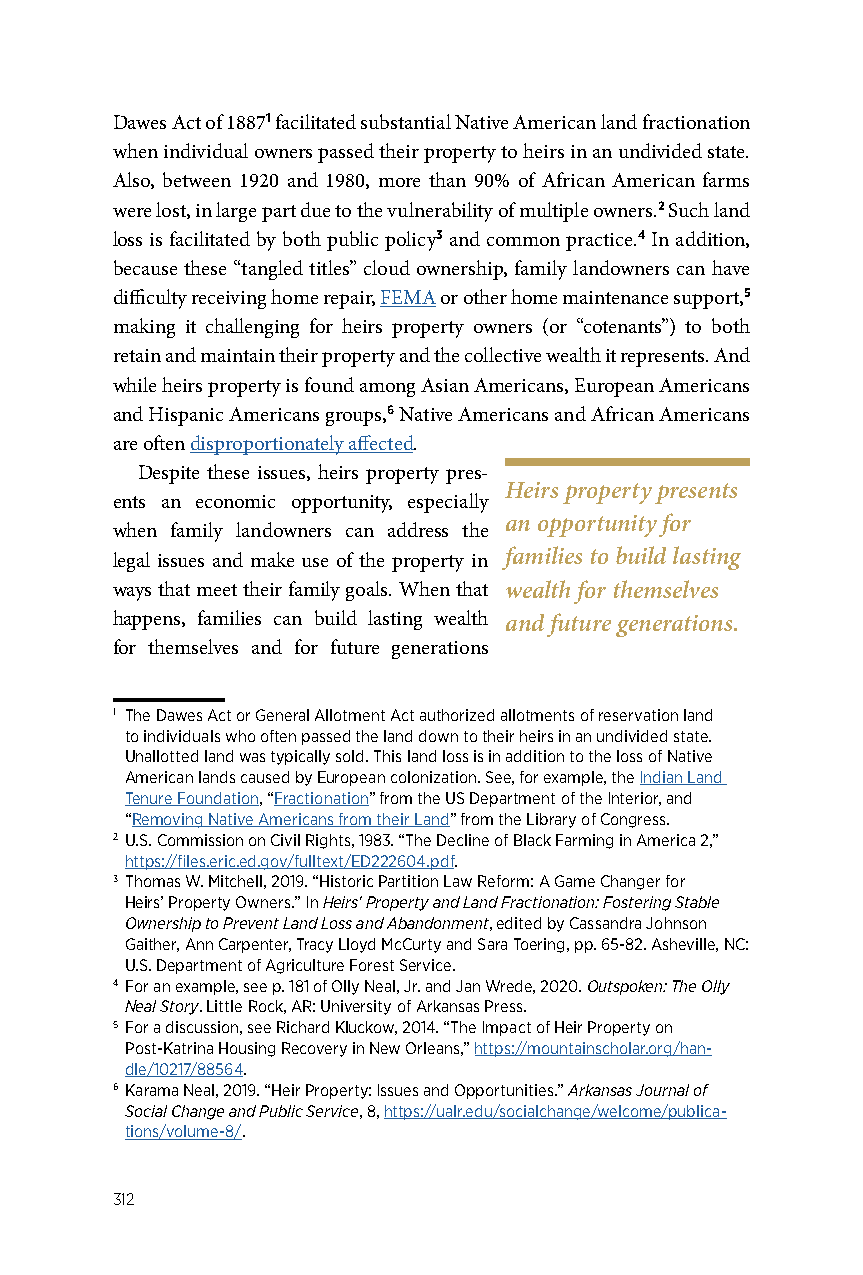
Dawes Act of 18871 facilitated substantial Native American land fractionation
 when individual owners passed their property to heirs in an undivided state.
 Also, between 1920 and 1980, more than 90% of African American farms
 were lost, in large part due to the vulnerability of multiple owners.2 Such land
 loss is facilitated by both public policy3 and common practice.4 In addition,
 because these “tangled titles” cloud ownership, family landowners can have
 difficulty receiving home repair, FEMA or other home maintenance support,5
 making it challenging for heirs property owners (or “cotenants”) to both
 retain and maintain their property and the collective wealth it represents. And
 while heirs property is found among Asian Americans, European Americans
 and Hispanic Americans groups,6 Native Americans and African Americans
 are often disproportionately affected.
 Despite these issues, heirs property pres-
 Heirs property presents
 ents an economic opportunity, especially
 an opportunity for
 when family landowners can address the
 legal issues and make use of the property in families to build lasting
 ways that meet their family goals. When that wealth for themselves
 happens, families can build lasting wealth and future generations.
 for themselves and for future generations
 1 The Dawes Act or General Allotment Act authorized allotments of reservation land
 to individuals who often passed the land down to their heirs in an undivided state.
 Unallotted land was typically sold. This land loss is in addition to the loss of Native
 American lands caused by European colonization. See, for example, the Indian Land
 Tenure Foundation, “Fractionation” from the US Department of the Interior, and
 “Removing Native Americans from their Land” from the Library of Congress.
 2 U.S. Commission on Civil Rights, 1983. “The Decline of Black Farming in America 2,”
 https://files.eric.ed.gov/fulltext/ED222604.pdf.
 3 Thomas W. Mitchell, 2019. “Historic Partition Law Reform: A Game Changer for
 Heirs’ Property Owners.” In Heirs' Property and Land Fractionation: Fostering Stable
 Ownership to Prevent Land Loss and Abandonment, edited by Cassandra Johnson
 Gaither, Ann Carpenter, Tracy Lloyd McCurty and Sara Toering, pp. 65-82. Asheville, NC:
 U.S. Department of Agriculture Forest Service.
 4 For an example, see p. 181 of Olly Neal, Jr. and Jan Wrede, 2020. Outspoken: The Olly
 Neal Story. Little Rock, AR: University of Arkansas Press.
 5 For a discussion, see Richard Kluckow, 2014. “The Impact of Heir Property on
 Post-Katrina Housing Recovery in New Orleans,” https://mountainscholar.org/han-
 dle/10217/88564.
 6 Karama Neal, 2019. “Heir Property: Issues and Opportunities.” Arkansas Journal of
 Social Change and Public Service, 8, https://ualr.edu/socialchange/welcome/publica-
 tions/volume-8/.
 312